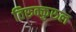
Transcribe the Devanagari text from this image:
तिरुक्कुरुल